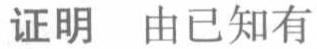
证明 由已知有